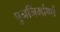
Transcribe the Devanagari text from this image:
पुनर्निर्माणों